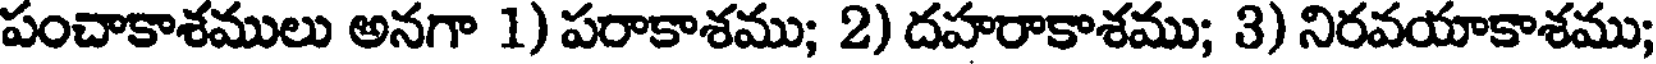
పంచాకాశములు అనగా 1) పరాకాశము; 2) దహరాకాశము; 3) నిరవయాకాశము;